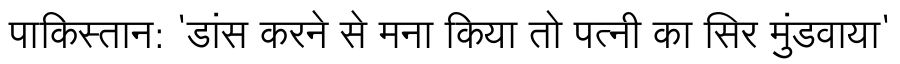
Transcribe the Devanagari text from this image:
पाकिस्तान: 'डांस करने से मना किया तो पत्नी का सिर मुंडवाया'